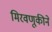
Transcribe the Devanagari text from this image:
मिरवणूकीने